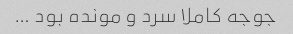
جوجه کاملا سرد و مونده بود …